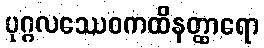
ပုဂ္ဂလဿေဝကထိနတ္ထာရော